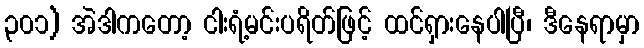
၃၀၁) အဲဒါကတော့ ငါးရံ့မင်းပရိတ်ဖြင့် ထင်ရှားနေပါပြီ၊ ဒီနေရာမှာ